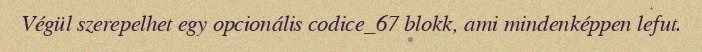
Végül szerepelhet egy opcionális codice_67 blokk, ami mindenképpen lefut.